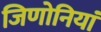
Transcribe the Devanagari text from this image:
जिणोनियां